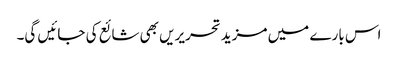
اس بارے میں مزید تحریریں بھی شائع کی جائیں گی۔